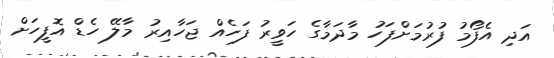
އަދި އެފޯމު ފުރުމަށްފަހު މާދަމާގެ ހަވީރު ފަހެއް ޖަހާއިރު މާލޭ ހެޑް އޮފީހަށް